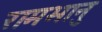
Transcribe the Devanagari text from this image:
रामभानु